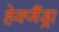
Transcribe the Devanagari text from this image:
हेक्जैंड्रा